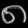
Digit: ၈